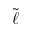
\tilde { \ell }